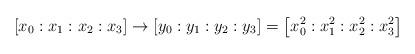
LaTeX: \begin{align*}[x_0: x_1:x_2:x_3] \to [y_0: y_1 :y_2:y_3]=\left[ x_0^2 : x_1^2 : x_2^2: x_3^2 \right]\end{align*}